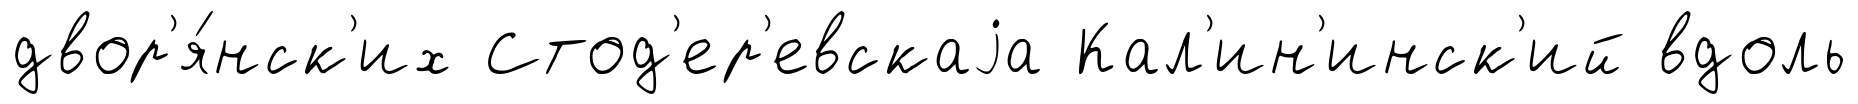
двор'я́нск'их Стод'ер'евскаjа Кал'ин'инск'ий вдоль